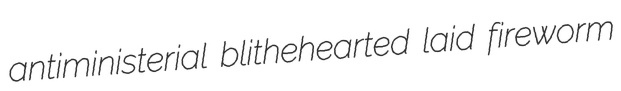
antiministerial blithehearted laid fireworm